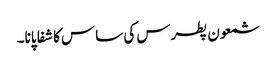
شمعون پطرس کی ساس کا شفا پانا۔